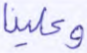
وعلينا